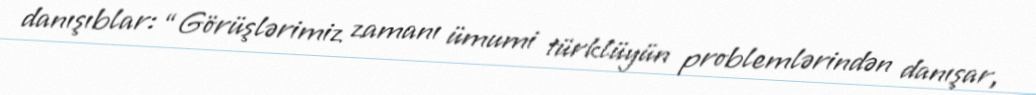
danışıblar: “Görüşlərimiz zamanı ümumi türklüyün problemlərindən danışar,